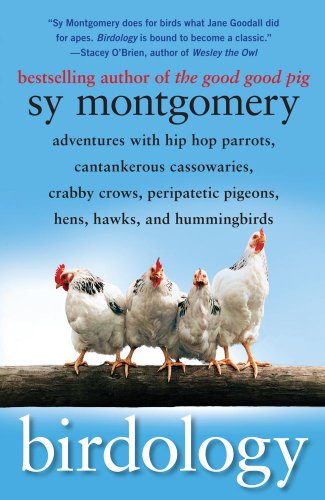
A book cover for Birdology: Adventures with Hip Hop Parrots, Cantankerous Cassowaries, Crabby Crows, Peripatetic Pigeons, Hens, Hawks, and Hummingbirds; Sy Montgomery; Crafts, Hobbies & Home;